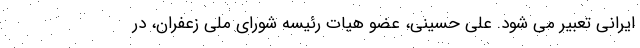
ایرانی تعبیر می شود. علی حسینی، عضو هیات رئیسه شورای ملی زعفران، در